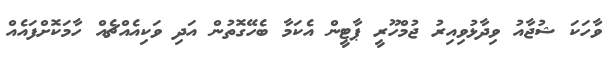
ވާހަކަ ޝުޖާއު ވިދާޅުވިއިރު ޖުމްހޫރީ ޕާޓީން އެކަމާ ބެހޭގޮތުން އަދި ވަކިއެއްޗެއް ހާމަކޮށްފައެއް